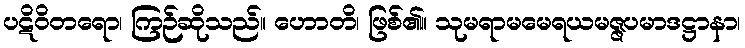
ပဋိဝိတရော၊ ကြဉ်ဆိုသည်။ ဟောတိ၊ ဖြစ်၏။ သုမရာမမေရယမဇ္ဇပမာဒဋ္ဌာနာ၊